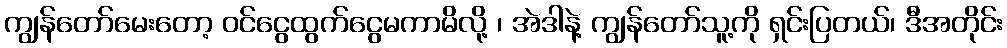
ကျွန်တော်မေးတော့ ဝင်ငွေထွက်ငွေမကာမိလို့ ၊ အဲဒါနဲ့ ကျွန်တော်သူ့ကို ရှင်းပြတယ်၊ ဒီအတိုင်း